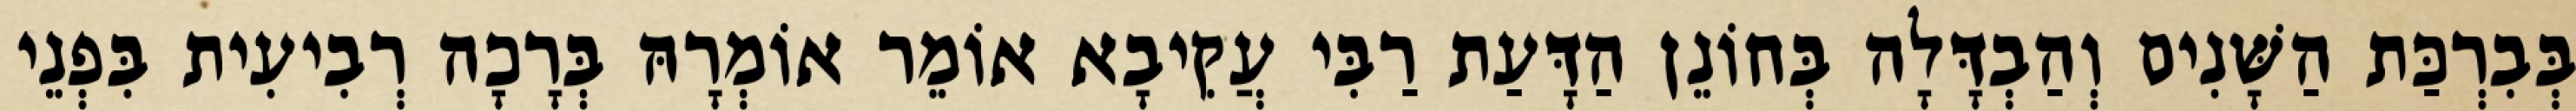
בְּבִרְכַּת הַשָּׁנִים וְהַבְדָּלָה בְּחוֹנֵן הַדָּעַת רַבִּי עֲקִיבָא אוֹמֵר אוֹמְרָהּ בְּרָכָה רְבִיעִית בִּפְנֵי